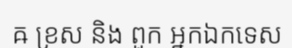
ឝ ខ្រស និង ពួក អ្នកឯកទេស